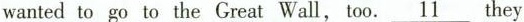
wanted to go to the Great Wall, too.\underline{11}they